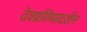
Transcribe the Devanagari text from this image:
देवप्रतिमादर्शन